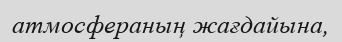
атмосфераның жағдайына,